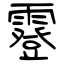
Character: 霯